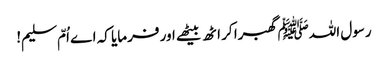
رسول اللہﷺ گھبرا کر اٹھ بیٹھے اور فرمایا کہ اے اُمّ سلیم!